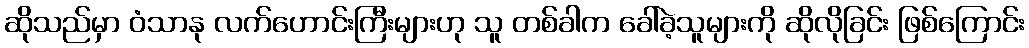
ဆိုသည်မှာ ဝံသာနု လက်ဟောင်းကြီးများဟု သူ တစ်ခါက ခေါ်ခဲ့သူများကို ဆိုလိုခြင်း ဖြစ်ကြောင်း